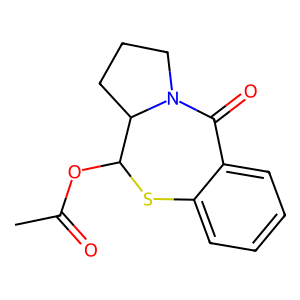
SMILES: CC(=O)OC1Sc2ccccc2C(=O)N2CCCC12
Inhibits HIV replication: No